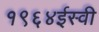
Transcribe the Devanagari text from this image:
१९६४ईस्वी